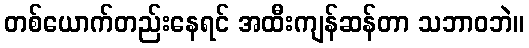
တစ်ယောက်တည်းနေရင် အထီးကျန်ဆန်တာ သဘာဝဘဲ။